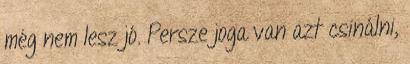
még nem lesz jó. Persze joga van azt csinálni,